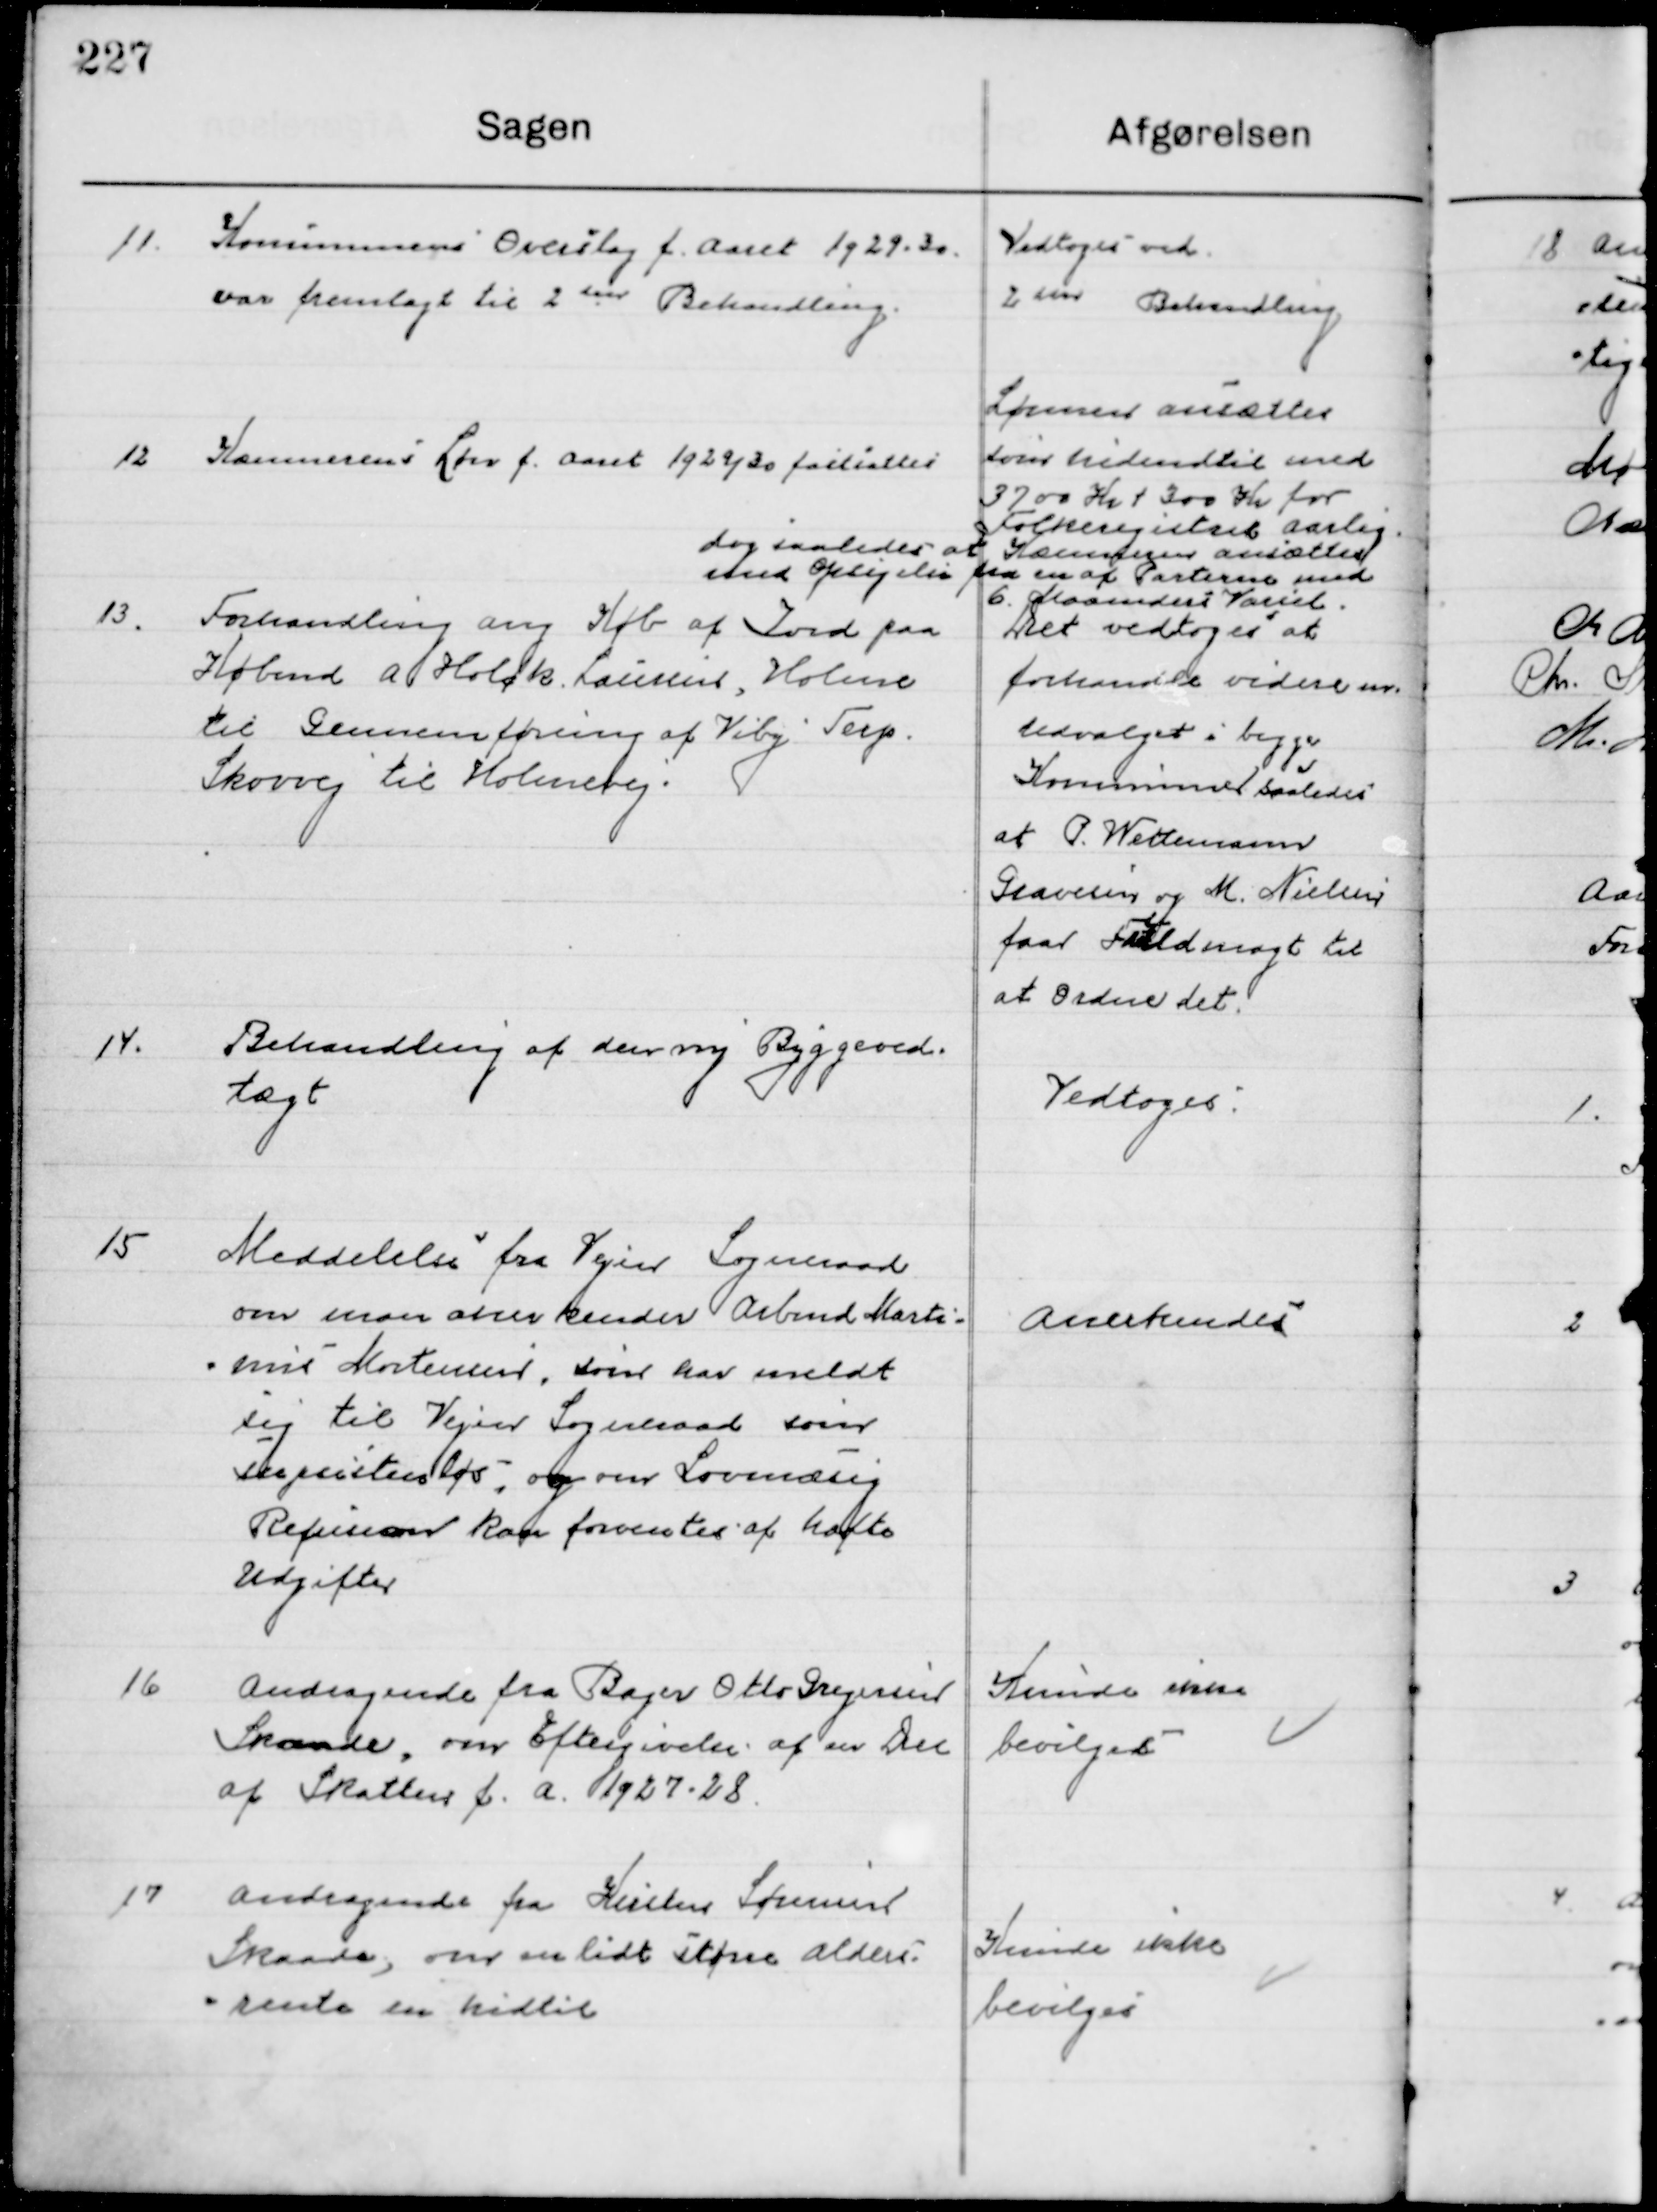
Transskription:
11

Kommunens Overslag f. Aaret 1929-30
Var fremlagt til 2den Behandling

Vedtoges ved
2. Behandling

12

Kommunens Løn f. Aaret 1929/30 fastsættes

Lønnen ansættes
som hidendtil med
3700 Kr. + 300 Kr. for
Folkeregistret aarlig 
Dog saaledes at Kommune ansættes 
med Opsigelse fra en af Parterne med
6 Maaneders Varsel

13

Forhandling om Køb af Jord paa
Købmd. A. Holk Lauersen, Holme
Til Gennemføring af Viby Terp
Skovvej til Holmevej.

Det vedtoges at  
forhandle videre 
Udvalget i begge m.
Kommuner saaledes
at P. Wettemand
Gravesen og M. Nielsen
faar Fuldmagt til
at Ordne det.

14

Behandling af den ny Byggeved-
tægt.

Vedtoges

15

Meddelelse fra Vejers Sogneraad
om man anerkender Arbmd. Marti-
nus Mortensen som har meldt 
sig til Vejers Sogneraad som 
Subsistensløs og om Lovmæssig
Refusion kan forventes af holte
Udgifter

Anerkendes

16

Andragende fra Bager Otto Drejersen
Skaade, om Eftergivelse af en Del
af Skatten f. A. 1927-28.

Kunde ikke
bevilges

17

Andragende fra Kirsten Sørensen
Skaade, om en lidt større Alders-
rente end hidtil

Kunde ikke
bevilges